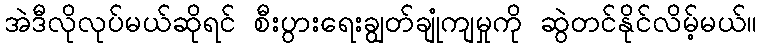
အဲဒီလိုလုပ်မယ်ဆိုရင် စီးပွားရေးချွတ်ချုံကျမှုကို ဆွဲတင်နိုင်လိမ့်မယ်။